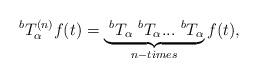
LaTeX: \begin{align*} ~^{b} T^{(n)}_ \alpha f(t)=\underbrace{~^{b}T_\alpha ~^{b}T_\alpha...~^{b}T_\alpha}_{n-times} f(t),\end{align*}